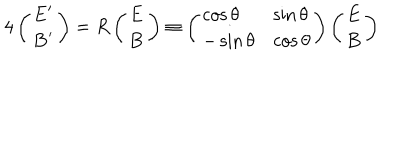
4 \left( \begin{array} { c } { { { \bf E } ^ { \prime } } } \\ { { { \bf B } ^ { \prime } } } \\ \end{array} \right) = R \left( \begin{array} { c } { { { \bf E } } } \\ { { { \bf B } } } \\ \end{array} \right) \equiv \left( \begin{array} { l l } { { \cos \theta } } & { { \sin \theta } } \\ { { - \sin \theta } } & { { \cos \theta } } \\ \end{array} \right) \left( \begin{array} { c } { { { \bf E } } } \\ { { { \bf B } } } \\ \end{array} \right)